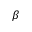
\boldsymbol { \beta }